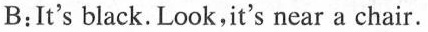
B:It's black.Look,it's near a chair.